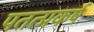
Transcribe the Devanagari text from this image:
पतत्प्रकर्ष